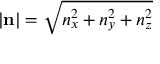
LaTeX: | \mathbf { n } | = { \sqrt { n _ { x } ^ { 2 } + n _ { y } ^ { 2 } + n _ { z } ^ { 2 } } }